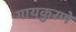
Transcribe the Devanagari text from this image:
गायकुरणे